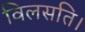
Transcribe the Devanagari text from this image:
विलसति।